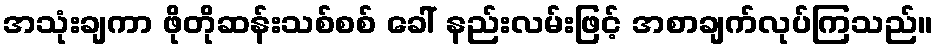
အသုံးချကာ ဖိုတိုဆန်းသစ်စစ် ခေါ် နည်းလမ်းဖြင့် အစာချက်လုပ်ကြသည်။